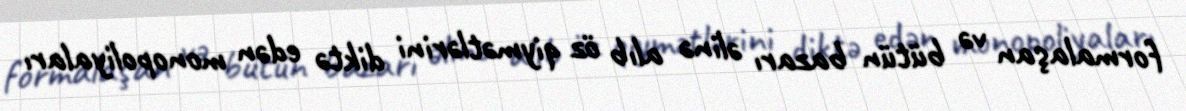
formalaşan və bütün bazarı əlinə alıb öz qiymətlərini diktə edən monopoliyaları